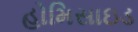
હોમિસાઇડ